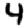
Digit: 4